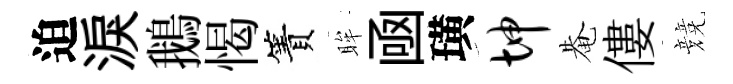
迫淚鵝愒簀眸凾璜坤𤲅僂競